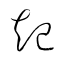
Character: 起